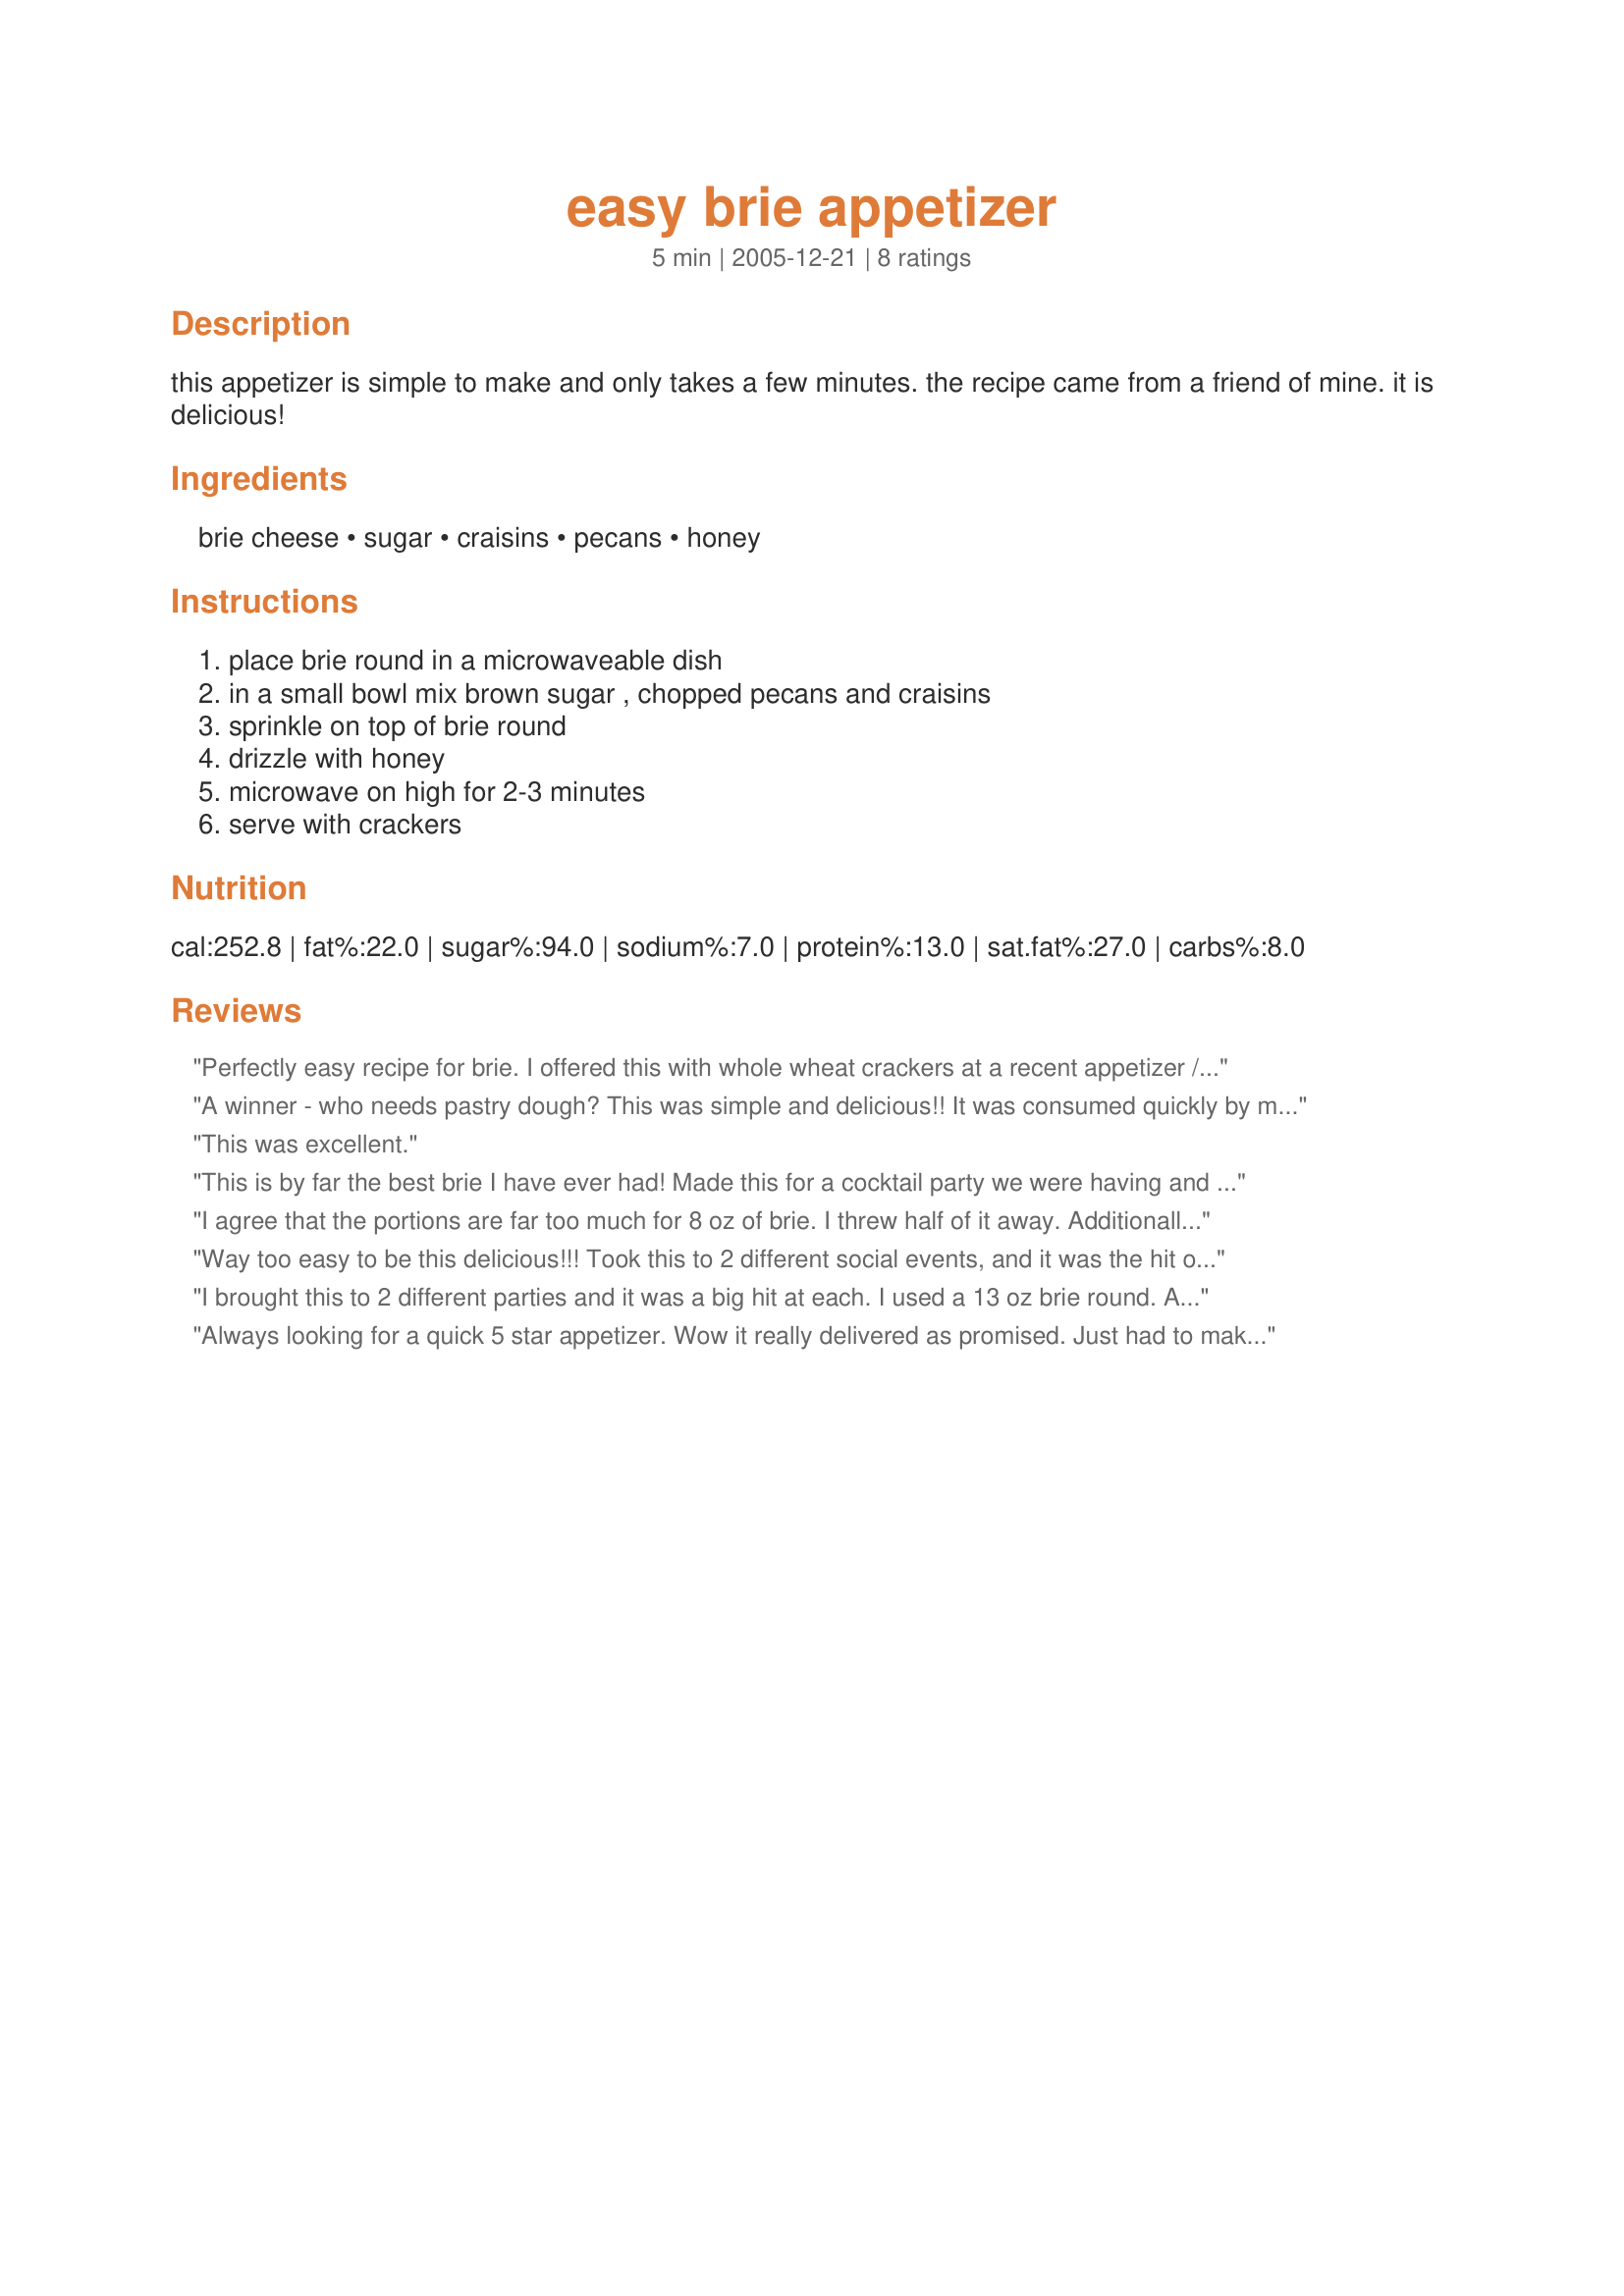
easy brie appetizer
Preparation time: 5 minutes

this appetizer is simple to make and only takes a few minutes. the recipe came from a friend of mine. it is delicious!

Ingredients:
brie cheese, sugar, craisins, pecans, honey

Steps:
place brie round in a microwaveable dish, in a small bowl mix brown sugar , chopped pecans and craisins, sprinkle on top of brie round, drizzle with honey, microwave on high for 2-3 minutes, serve with crackers

Reviews:
Perfectly easy recipe for brie. I offered this with whole wheat crackers at a recent appetizer / finger food party. Yum. Who doesn't like ooey gooey brie?
A winner - who needs pastry dough? This was simple and delicious!! It was consumed quickly by my guests, and it was so easy to prepare. Five stars for me!!
This was excellent.
This is by far the best brie I have ever had! Made this for a cocktail party we were having and it was a great success. Even my children liked this!( they don't usually eat brie) Thanks for this terrific and very easy recipe!
I agree that the portions are far too much for 8 oz of brie. I threw half of it away. Additionally, while my guests loved it, I would not zap it in the microwave again. Perhaps my microwave was too strong, but by the 2-minute mark, most of the brie was liquid and the brown sugar had yet to melt. We tried to eat it, but it wouldn't even stay on a cracker. It was delicious, but we had to wait for about 15 minutes for the cheese to resolidify. Next time, I will try it in the oven. I may also try it without the top rind or make a slit as suggested by another reviewer.
Way too easy to be this delicious!!! Took this to 2 different social events, and it was the hit of the party!!! Served it with wheat thins, but could go with any cracker!!! Thanks for a winner, and a keeper!!!!! mmm!!!
I brought this to 2 different parties and it was a big hit at each. I used a 13 oz brie round. After zapping it in the microwave, I made a slit in the middle. Served with Ritz crackers the first time and plain crackers the second. It's a very easy recipe.
Always looking for a quick 5 star appetizer. Wow it really delivered as promised. Just had to make a few changes. Used a lot less of the sugar, cranberries and nuts. 1/3 cup of each would be sufficient. This can be tossed together in a ziplock and stored till needed. 
Served at a few of our friends parties and all agreed it was GREAT! You know it's good when it all disappears and many ask for the recipe! This IS A KEEPER!!!
